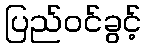
ပြည်ဝင်ခွင့်